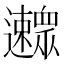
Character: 𨙛